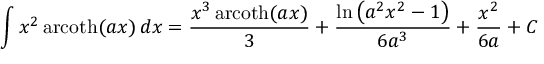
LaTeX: \int x ^ { 2 } \operatorname { a r c o t h } ( a x ) \, d x = { \frac { x ^ { 3 } \operatorname { a r c o t h } ( a x ) } { 3 } } + { \frac { \ln \left( a ^ { 2 } x ^ { 2 } - 1 \right) } { 6 a ^ { 3 } } } + { \frac { x ^ { 2 } } { 6 a } } + C